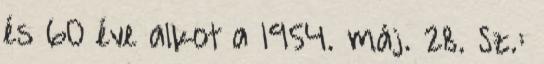
és 60 éve alkot a 1954. máj. 28. Sz.: